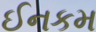
ઈનકમ